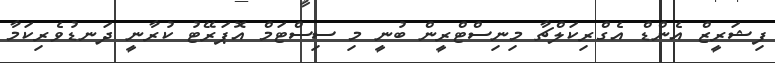
ފިޝަރީޒް އެންޑް އެގްރިކަލްޗާ މިނިސްޓްރީން ބުނީ މި ސިސްޓަމް އޮޕަރޭޓު ކުރާނީ ދަނޑުވެރިކަމާ